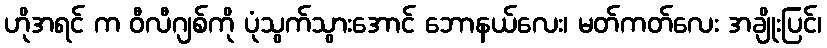
ဟိုအရင် က ဝီလီဂျစ်ကို ပုံသွက်သွားအောင် ဘောနယ်လေး၊ မတ်ကတ်လေး အချိုးပြင်၊